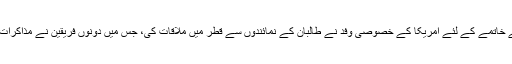
افغانستان میں 17 سال سے جاری جنگ کے خاتمے کے لئے امریکا کے خصوصی وفد نے طالبان کے نمائندوں سے قطر میں ملاقات کی، جس میں دونوں فریقین نے مذاکرات کے ذریعے جنگ کے خاتمے پر زور دیا۔